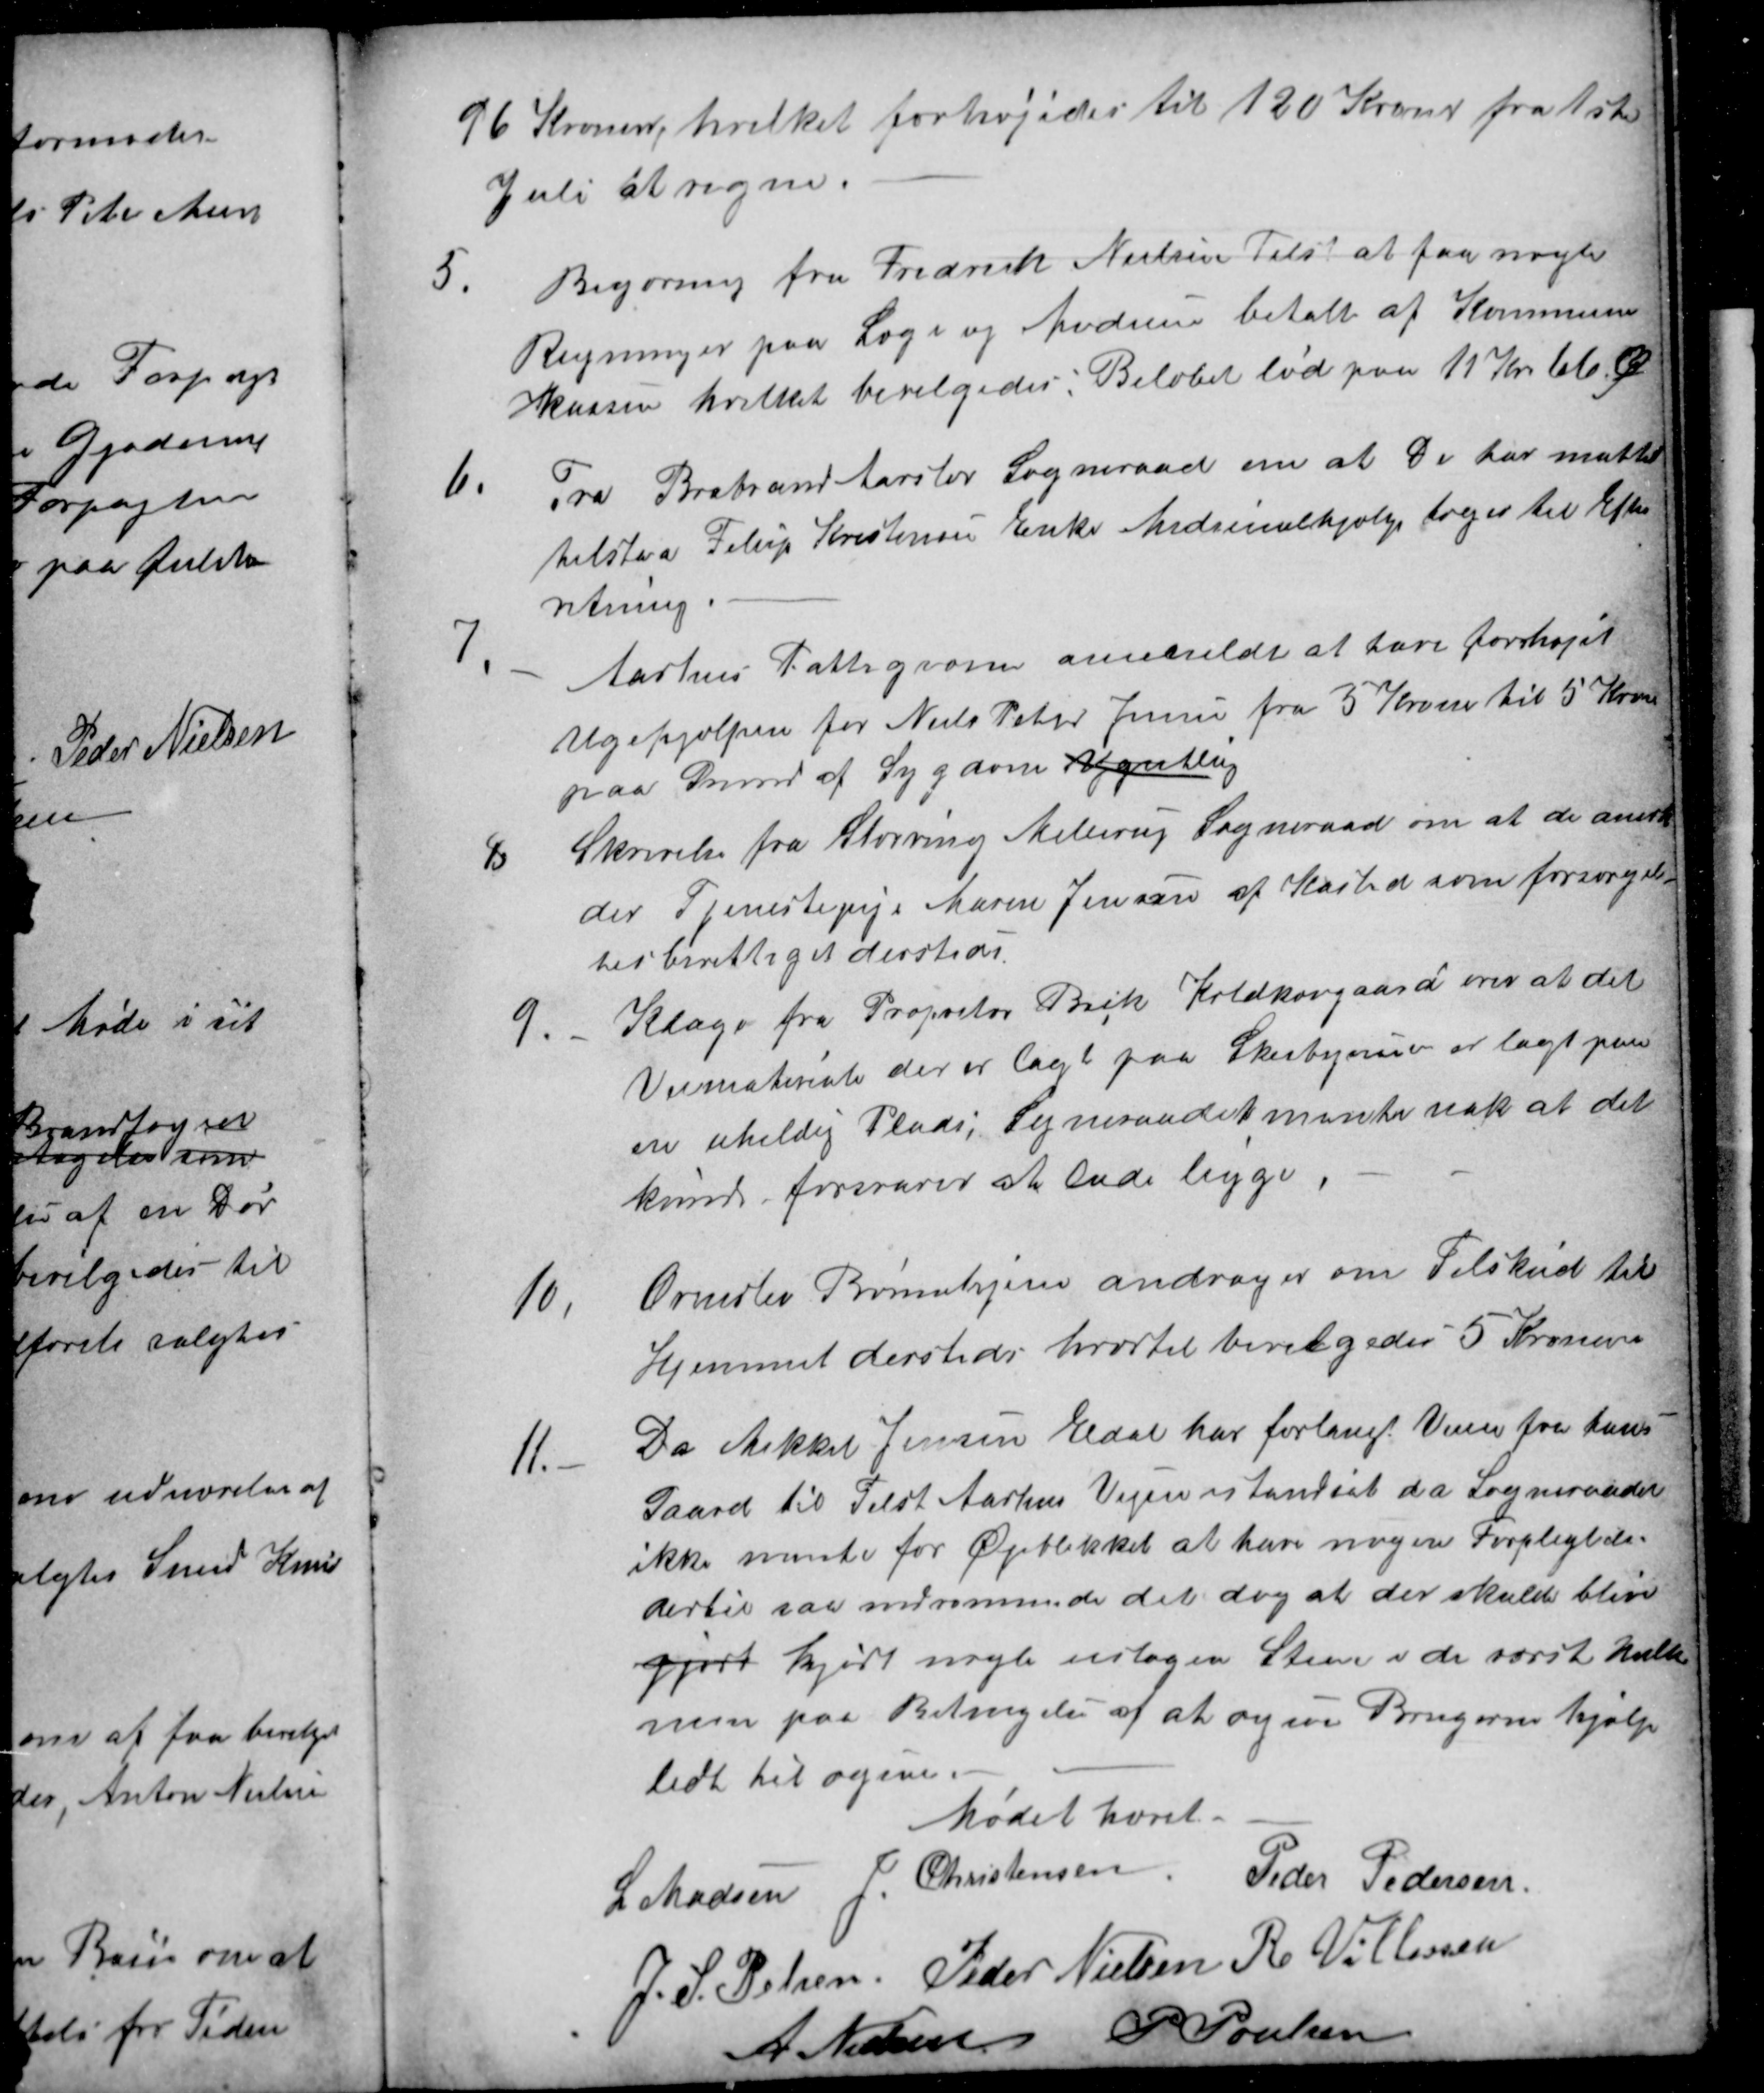
Transskription:
96 Kroner, hvilket forhøjedes til 120 Kroner fra 1ste
Juli at regne.
5.
Begæring fra Frederik Nielsen Tilst at faa nogle
Regninger paa Læge og Medicin betalt af Kommune
kassen hvilket bevilgedes: Beløbet lød paa 11 Kr 66 Ø
6.
Fra Brabrand Aarslev Sogneraad om at De har måttet
tilstaa Filip Kristensen Enke Medicinalhjælp toges til Efter
retning.
7
Aarhus Fattigvæsen anmeldt at have forhøjet
Ugehjælpen for Niels Peter Jensen fra 3 Kroner til 5 Kroner
paa Grund af Sygdom Ugentlig
8
Skrivelse fra Støvring Mellerup Sogneraad om at de anerken
der Tjenestepige Maren Jensen af Kasted som forsørgel-
sesberettiget dersteds.
9.
Klage fra Propritær Beck Koldkærgaard over at det
Vejmateriale der er lagt paa Skeibyvei er lagt paa
en uheldig Plads; Sogneraadet mente nok at det
kunde forsvares at lade ligge
10.
Ormslev Børnehjem andrager om Tilskud til
Hjemmet dersteds hvortil bevilgedes 5 Kroner
11.
Da Mikkel Jensen Eldal har forlangt Veien fra hans
Gaard til Tilst Aarhus Vejen istandsat da Sogneraadet
ikke mente for Øjeblikket at have nogen Forpligtelse
dertil saa indrømmede det dog at der skulde blive
gjort kjørt nogle uslagen Steen i de værste Huller
men paa Betingelse af at ogsaa Brugerne hjalp
lidt til vejene.
Mødet hævet.
L Madsen
J. Christensen
Peder Pedersen
J. S. Pelsen
Peder Nielsen 
R Villassen
A Nielsen
P Poulsen